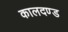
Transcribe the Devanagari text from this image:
कालदण्ड